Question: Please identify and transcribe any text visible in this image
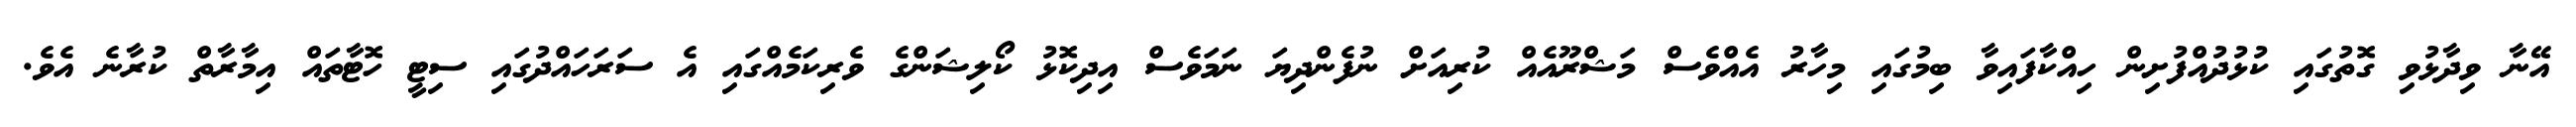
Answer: އޭނާ ވިދާޅުވި ގޮތުގައި ކުޅުދުއްފުށިން ހިއްކާފައިވާ ބިމުގައި މިހާރު އެއްވެސް މަޝްރޫއެއް ކުރިއަށް ނުފެންދިޔަ ނަމަވެސް އިދިކޮޅު ކޯލިޝަންގެ ވެރިކަމެއްގައި އެ ސަރަހައްދުގައި ސިޓީ ހޮޓާތައް އިމާރާތް ކުރާނެ އެވެ.